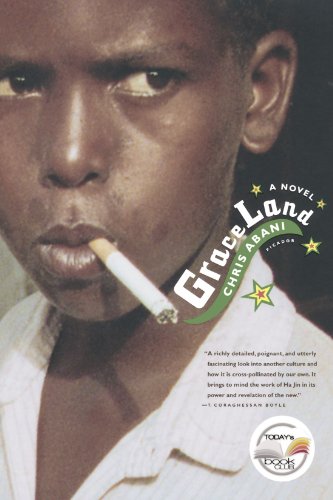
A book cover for Graceland (Today Show Pick January 2005); Chris Abani; Literature & Fiction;